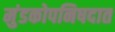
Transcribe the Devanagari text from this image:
मुंडकोपनिषदात